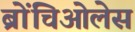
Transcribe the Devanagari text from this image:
ब्रोंचिओलेस